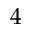
4